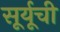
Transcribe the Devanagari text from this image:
सूर्यूची